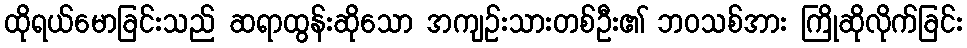
ထိုရယ်မောခြင်းသည် ဆရာထွန်းဆိုသော အကျဉ်းသားတစ်ဦး၏ ဘဝသစ်အား ကြိုဆိုလိုက်ခြင်း